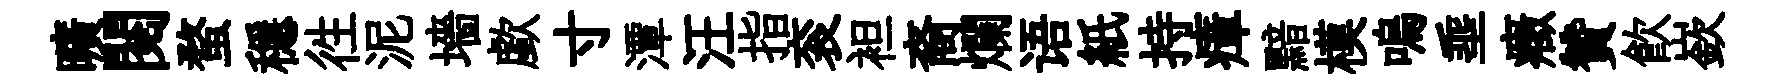
曠閱蝥穩徃泥墻歔寸潭汪指衮袒裔爛语紙持瘴黯模嗚埀癥贊飲嶔